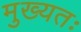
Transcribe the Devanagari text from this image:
मुख्यतः